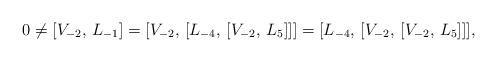
LaTeX: \begin{align*}0 \neq [V_{-2}, \, L_{-1}] = [V_{-2}, \, [L_{-4}, \, [V_{-2}, \, L_5]]]= [L_{-4}, \, [V_{-2}, \, [V_{-2}, \, L_5]]],\end{align*}